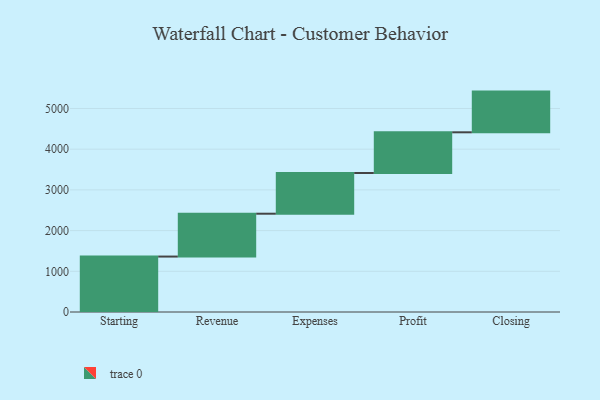
{"axis": {"x": "Step", "y": "Value"}, "legend": [""], "data": [{"x": "Starting", "y": 1362.0, "type": ""}, {"x": "Revenue", "y": 1053.0, "type": ""}, {"x": "Expenses", "y": 1000, "type": ""}, {"x": "Profit", "y": 1000, "type": ""}, {"x": "Closing", "y": 1000, "type": ""}]}